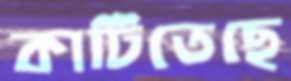
কাটিতেছে